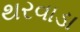
થરવાડા